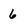
Character: 6